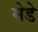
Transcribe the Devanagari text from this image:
मेडे